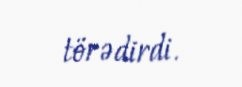
törədirdi.